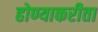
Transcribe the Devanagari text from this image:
होण्याकरीता